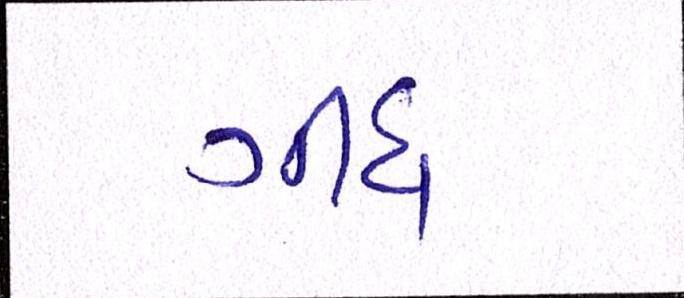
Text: ગીધ